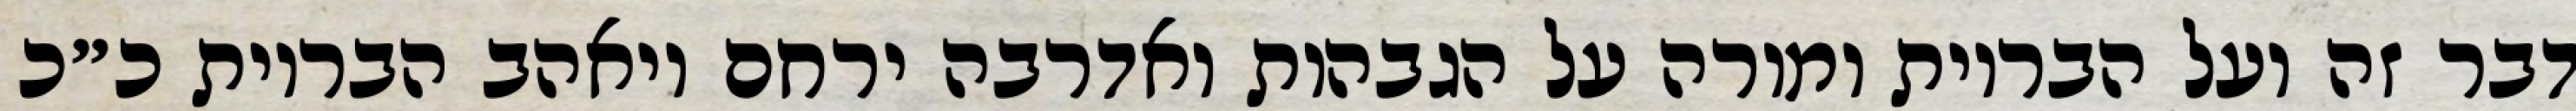
דבר זה ועל הבריות ומורה על הגבהות ואדרבה ירחם ויאהב הבריות כ״כ